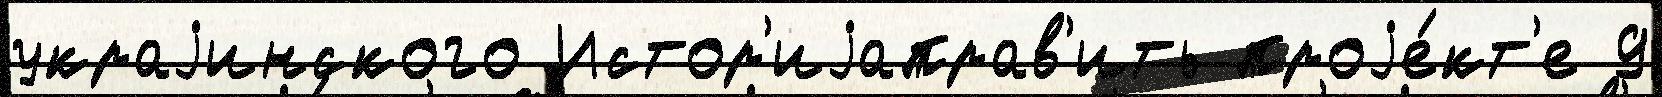
украjинского Истор'иjаправ'ить проjе́кт'е 9